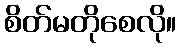
စိတ်မတိုစေလို။